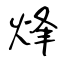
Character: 烽